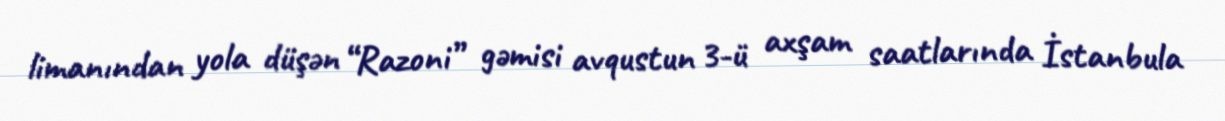
limanından yola düşən “Razoni” gəmisi avqustun 3-ü axşam saatlarında İstanbula